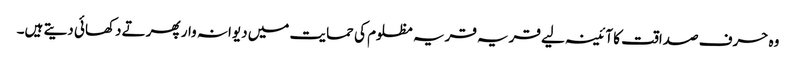
وہ حرف صداقت کا آئینہ لیے قریہ قریہ مظلوم کی حمایت میں دیوانہ وار پھرتے دکھائی دیتے ہیں۔